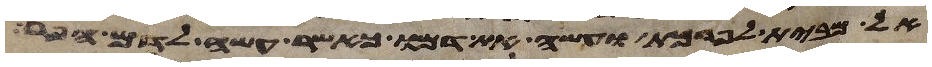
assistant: אל מבית לפרכת ועשה את דמו כאשר עשה לדם הפר